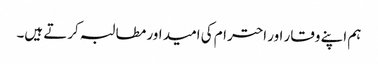
ہم اپنے وقار اور احترام کی امید اور مطالبہ کرتے ہیں۔